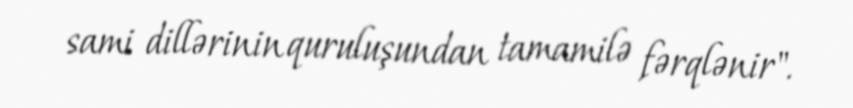
sami dillərinin quruluşundan tamamilə fərqlənir".